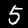
Digit: 5